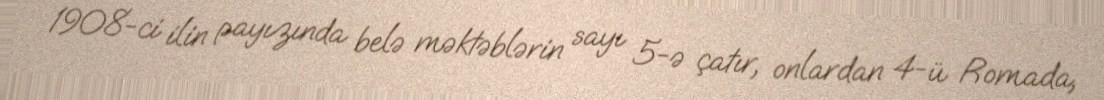
1908-ci ilin payızında belə məktəblərin sayı 5-ə çatır, onlardan 4-ü Romada,